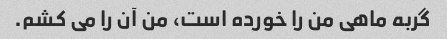
گربه ماهی من را خورده است، من آن را می کشم.